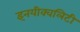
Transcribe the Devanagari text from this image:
इनयीक्वलिटी